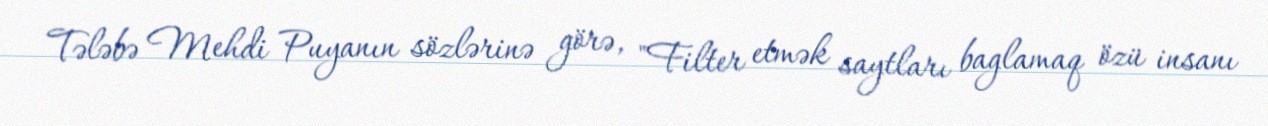
Tələbə Mehdi Puyanın sözlərinə görə, "Filter etmək saytları baglamaq özü insanı